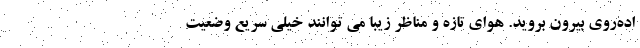
اده‌روی بیرون بروید. هوای تازه و مناظر زیبا می توانند خیلی سریع وضعیت